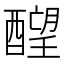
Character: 𬪶